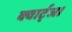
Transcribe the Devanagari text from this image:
क्वार्ट्ज।